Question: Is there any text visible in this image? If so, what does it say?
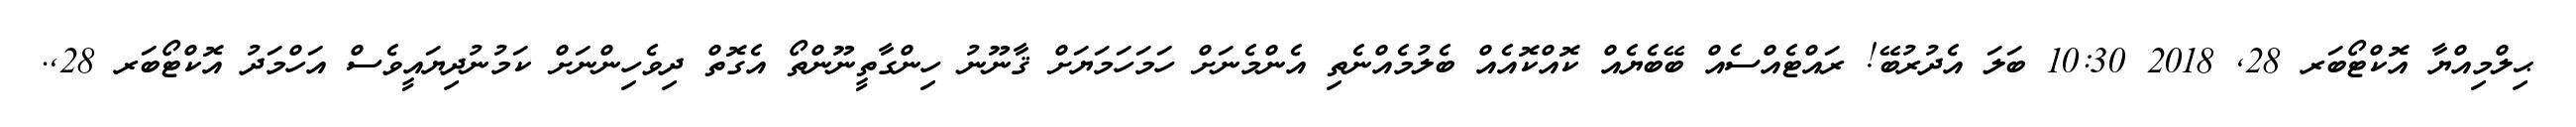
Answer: ޙިލްމިއްޔާ އޮކްޓޯބަރ 28, 2018 10:30 ބަލަ އެދުރުބޭ! ރައްޓެއްސެއް ބޭބެޔެއް ކޮއްކޮއެއް ބެލުމެއްނެތި އެންމެނަށް ހަމަހަމަޔަށް ޤާނޫނު ހިންގާތީނޫންތޯ އެގޮތް ދިވެހިންނަށް ކަމުނުދިޔައީވެސް އަހްމަދު އޮކްޓޯބަރ 28,.